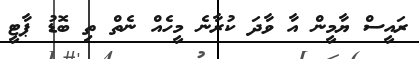
ރައީސް ޔާމީން އާ ވާދަ ކުރާނެ މީހެއް ނެތް ތި ބޮޑު ޕާޓީ